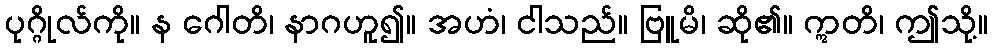
ပုဂ္ဂိုလ်ကို။ န ဂေါတိ၊ နာဂဟူ၍။ အဟံ၊ ငါသည်။ ဗြူမိ၊ ဆို၏။ ဣတိ၊ ဤသို့။